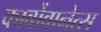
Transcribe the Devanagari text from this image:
कार्बोवानेत्स